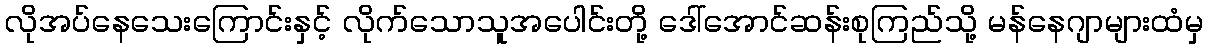
လိုအပ်နေသေးကြောင်းနှင့် လိုက်သောသူအပေါင်းတို့ ဒေါ်အောင်ဆန်းစုကြည်သို့ မန်နေဂျာများထံမှ